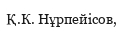
Қ.К. Нұрпейісов,